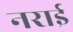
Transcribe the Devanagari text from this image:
नराई